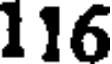
116